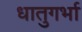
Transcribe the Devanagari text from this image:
धातुगर्भा